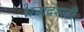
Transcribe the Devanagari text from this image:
धनादेशही